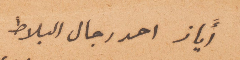
اياز احد رجال البلاط